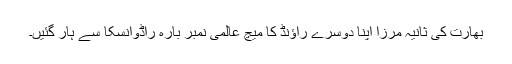
بھارت کی ثانیہ مرزا اپنا دوسرے راؤنڈ کا میچ عالمی نمبر بارہ راڈوانسکا سے ہار گئیں۔